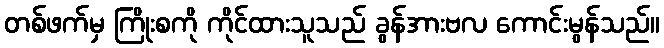
တစ်ဖက်မှ ကြိုးစကို ကိုင်ထားသူသည် ခွန်အားဗလ ကောင်းမွန်သည်။